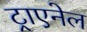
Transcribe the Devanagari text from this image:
ट्राएनेल